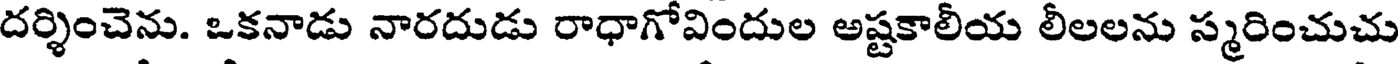
దర్శించెను. ఒకనాడు నారదుడు రాధాగోవిందుల అష్టకాలీయ లీలలను స్మరించుచు